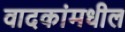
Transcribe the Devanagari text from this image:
वादकांमधील